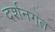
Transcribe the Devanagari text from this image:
दर्शनगत